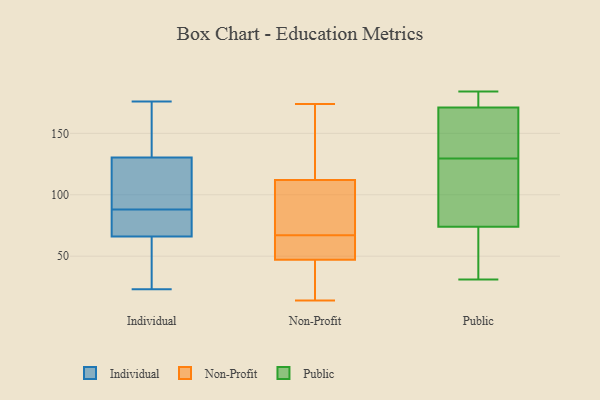
{"axis": {"x": "Humidity (%)", "y": "Value"}, "legend": ["Individual", "Non-Profit", "Public"], "data": [{"x": "", "y": 126, "type": "Individual"}, {"x": "", "y": 23, "type": "Individual"}, {"x": "", "y": 175, "type": "Individual"}, {"x": "", "y": 75, "type": "Individual"}, {"x": "", "y": 176, "type": "Individual"}, {"x": "", "y": 57, "type": "Individual"}, {"x": "", "y": 143, "type": "Individual"}, {"x": "", "y": 88, "type": "Individual"}, {"x": "", "y": 75, "type": "Individual"}, {"x": "", "y": 92, "type": "Individual"}, {"x": "", "y": 69, "type": "Individual"}, {"x": "", "y": 93, "type": "Individual"}, {"x": "", "y": 28, "type": "Individual"}, {"x": "", "y": 174, "type": "Non-Profit"}, {"x": "", "y": 112, "type": "Non-Profit"}, {"x": "", "y": 112, "type": "Non-Profit"}, {"x": "", "y": 133, "type": "Non-Profit"}, {"x": "", "y": 60, "type": "Non-Profit"}, {"x": "", "y": 20, "type": "Non-Profit"}, {"x": "", "y": 47, "type": "Non-Profit"}, {"x": "", "y": 74, "type": "Non-Profit"}, {"x": "", "y": 14, "type": "Non-Profit"}, {"x": "", "y": 54, "type": "Non-Profit"}, {"x": "", "y": 74, "type": "Public"}, {"x": "", "y": 66, "type": "Public"}, {"x": "", "y": 184, "type": "Public"}, {"x": "", "y": 174, "type": "Public"}, {"x": "", "y": 121, "type": "Public"}, {"x": "", "y": 115, "type": "Public"}, {"x": "", "y": 171, "type": "Public"}, {"x": "", "y": 138, "type": "Public"}, {"x": "", "y": 169, "type": "Public"}, {"x": "", "y": 31, "type": "Public"}]}